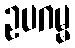
ဥပဂမ္မ